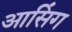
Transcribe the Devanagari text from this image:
आसिंग